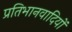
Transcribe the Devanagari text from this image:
प्रतिभानवादियों